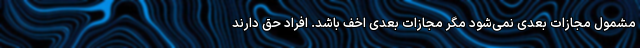
مشمول مجازات بعدی نمی‌شود مگر مجازات بعدی اخف باشد. افراد حق دارند